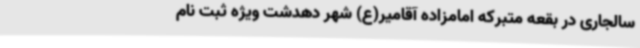
سالجاری در بقعه متبرکه امامزاده آقامیر(ع) شهر دهدشت ویژه ثبت نام